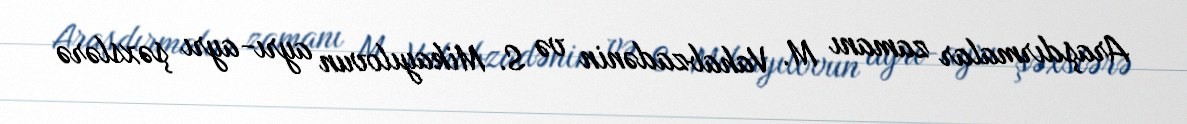
Araşdırmalar zamanı M. Vahabzadənin və S. Mikayılovun ayrı-ayrı şəxslərə